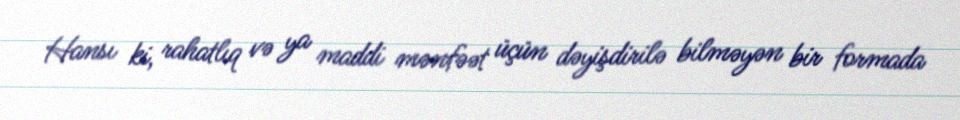
Hansı ki, rahatlıq və ya maddi mənfəət üçün dəyişdirilə bilməyən bir formada